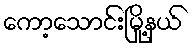
ကော့သောင်းမြို့နယ်